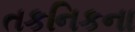
તકનિકના